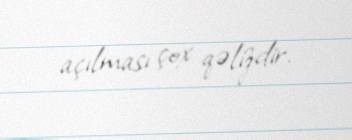
açılması çox qəlizdir.